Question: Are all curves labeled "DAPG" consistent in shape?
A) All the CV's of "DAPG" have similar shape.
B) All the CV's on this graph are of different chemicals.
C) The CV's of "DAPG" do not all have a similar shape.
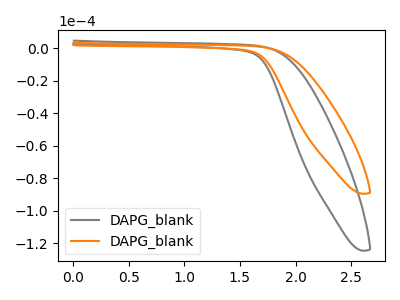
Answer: <think>The gray curve "DAPG_blank1" has no peaks. The orange curve "DAPG_blank2" has no peaks.
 Neither "DAPG_blank1" or "DAPG_blank2" have any peaks.</think>
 <answer>A) All the CV's of "DAPG" have similar shape.</answer>
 <eval>A</eval>